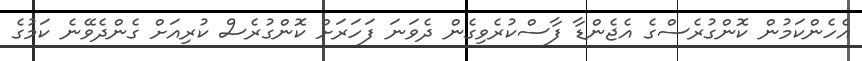
އެހެންކަމުން ކޮންގުރެސްގެ އެޖެންޑާ ފާސްކުރެވިގެން ދެވަނަ ފަހަރަށް ކޮންގުރެސް ކުރިއަށް ގެންދެވޭނެ ކަމުގެ